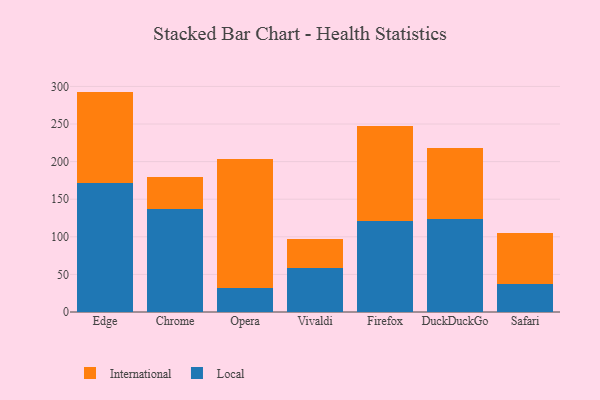
{"axis": {"x": "Browser", "y": "Conversion Rate (%)"}, "legend": ["International", "Local"], "data": [{"x": "Edge", "y": 171.3, "type": "Local"}, {"x": "Edge", "y": 121.8, "type": "International"}, {"x": "Chrome", "y": 136.6, "type": "Local"}, {"x": "Chrome", "y": 43.3, "type": "International"}, {"x": "Opera", "y": 32.1, "type": "Local"}, {"x": "Opera", "y": 171.3, "type": "International"}, {"x": "Vivaldi", "y": 58.9, "type": "Local"}, {"x": "Vivaldi", "y": 38.4, "type": "International"}, {"x": "Firefox", "y": 121.1, "type": "Local"}, {"x": "Firefox", "y": 126.0, "type": "International"}, {"x": "DuckDuckGo", "y": 123.3, "type": "Local"}, {"x": "DuckDuckGo", "y": 94.7, "type": "International"}, {"x": "Safari", "y": 37.2, "type": "Local"}, {"x": "Safari", "y": 68.4, "type": "International"}]}